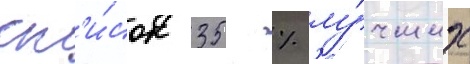
сп'и́сок 35 % лу́чших